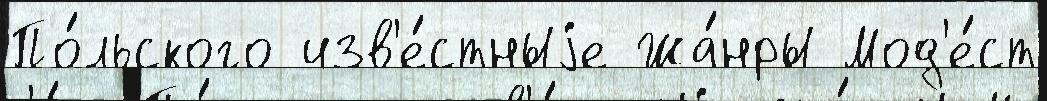
По́льского изв'е́стныjе Жа́нры Мод'е́ст